Scottish Leaving Certificate Examination, 1951
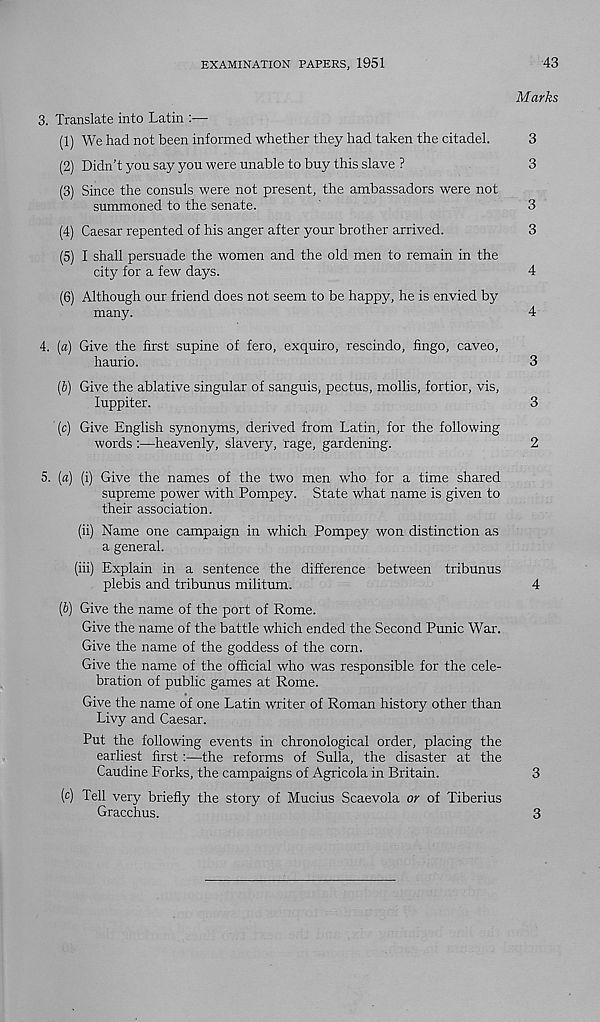
EXAMINATION PAPERS, 1951
43
3. Translate into Latin :—•
(1) We had not been informed whether they had taken the citadel.
(2) Didn’t you say you were unable to buy this slave ?
(3) Since the consuls were not present, the ambassadors were not
summoned to the senate.
(4) Caesar repented of his anger after your brother arrived.
(5) I shall persuade the women and the old men to remain in the
city for a few days.
(6) Although our friend does not seem to be happy, he is envied by
many.
4. (a) Give the first supine of fero, exquiro, rescindo, fingo, caveo,
haurio.
(b) Give the ablative singular of sanguis, pectus, mollis, fortior, vis,
luppiter.
(c) Give English synonyms, derived from Latin, for the following
words :—heavenly, slavery, rage, gardening.
5. (a) (i) Give the names of the two men who for a time shared
supreme power with Pompey. State what name is given to
their association.
(ii) Name one campaign in which Pompey won distinction as
a general.
(iii) Explain in a sentence the difference between tribunus
plebis and tribunus militum.
[b) Give the name of the port of Rome.
Give the name of the battle which ended the Second Punic War.
Give the name of the goddess of the corn.
Give the name of the official who was responsible for the cele-
bration of public games at Rome.
Give the name of one Latin writer of Roman history other than
Livy and Caesar.
Put the following events in chronological order, placing the
earliest first:—the reforms of Sulla, the disaster at the
Caudine Forks, the campaigns of Agricola in Britain.
(c) Tell very briefly the story of Mucius Scaevola or of Tiberius
Gracchus.
Marks
3
3
3
3
3
3
2
3
3